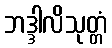
ဘဒ္ဒါလိသုတ္တံ